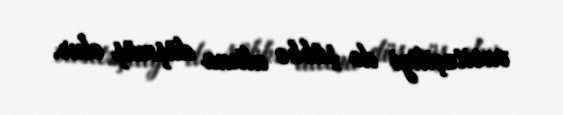
vasitəçiliyi də şübhə altına düşmüş olur.